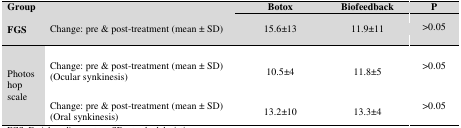
<table><thead><tr><td rowspan="2"><b>GroupFGS</b></td><td></td><td><b>Botox</b></td><td><b>Biofeedback</b></td><td><b>P</b></td></tr><tr><td><b>Change: pre &amp; post-treatment (mean ± SD)</b></td><td><b>15.6±13</b></td><td><b>11.9±11</b></td><td><b>&gt;0.05</b></td></tr></thead><tbody><tr><td rowspan="2">Photoshopscale</td><td>Change: pre &amp; post-treatment (mean ± SD)(Ocular synkinesis)</td><td>10.5±4</td><td>11.8±5</td><td>&gt;0.05</td></tr><tr><td>Change: pre &amp; post-treatment (mean ± SD)(Oral synkinesis)</td><td>13.2±10</td><td>13.3±4</td><td>&gt;0.05</td></tr></tbody></table>